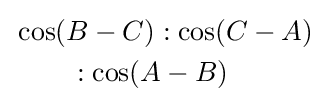
{\begin{aligned}&\cos(B-C):\cos(C-A)\\&\qquad :\cos(A-B)\end{aligned}}